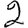
Digit: 2